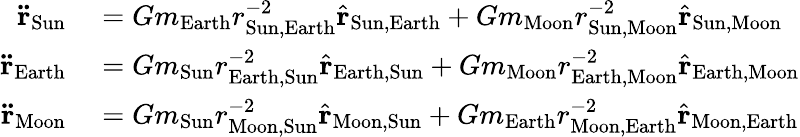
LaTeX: \begin{array}{rl}{\mathbf{\ddot{r}}_{\mathrm{Sun}}}&{{}=Gm_{\mathrm{Earth}}r_{{\mathrm{Sun}},{\mathrm{Earth}}}^{-2}{\hat{\mathbf{r}}}_{{\mathrm{Sun}},{\mathrm{Earth}}}+Gm_{\mathrm{Moon}}r_{{\mathrm{Sun}},{\mathrm{Moon}}}^{-2}{\hat{\mathbf{r}}}_{{\mathrm{Sun}},{\mathrm{Moon}}}}\\ {\mathbf{\ddot{r}}_{\mathrm{Earth}}}&{{}=Gm_{\mathrm{Sun}}r_{{\mathrm{Earth}},{\mathrm{Sun}}}^{-2}{\hat{\mathbf{r}}}_{{\mathrm{Earth}},{\mathrm{Sun}}}+Gm_{\mathrm{Moon}}r_{{\mathrm{Earth}},{\mathrm{Moon}}}^{-2}{\hat{\mathbf{r}}}_{{\mathrm{Earth}},{\mathrm{Moon}}}}\\ {\mathbf{\ddot{r}}_{\mathrm{Moon}}}&{{}=Gm_{\mathrm{Sun}}r_{{\mathrm{Moon}},{\mathrm{Sun}}}^{-2}{\hat{\mathbf{r}}}_{{\mathrm{Moon}},{\mathrm{Sun}}}+Gm_{\mathrm{Earth}}r_{{\mathrm{Moon}},{\mathrm{Earth}}}^{-2}{\hat{\mathbf{r}}}_{{\mathrm{Moon}},{\mathrm{Earth}}}}\end{array}